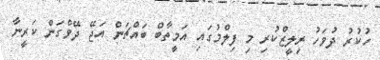
ހުކުރު ދުވަހު ރިލީޒްކުރި މި ފިލްމުގައި އަމީތާބް ބައްޗަން އަޖޭ ދޭވްގަން ކަރީނާ